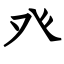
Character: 癶